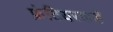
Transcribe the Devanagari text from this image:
फ्रंटियरकडे